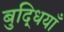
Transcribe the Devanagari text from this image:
बुद्धियाँ